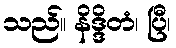
သည်။ နိဒ္ဒိတံ၊ ပြီ၊